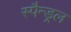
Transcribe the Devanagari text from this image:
स्पैन्ड्रल